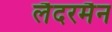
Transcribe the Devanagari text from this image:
लैदरमैन